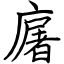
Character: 廜